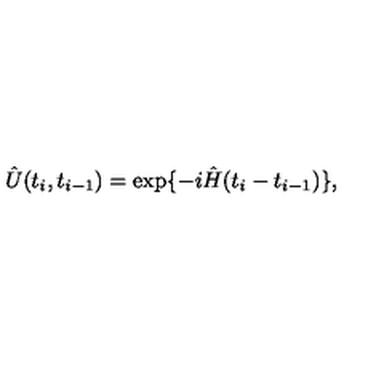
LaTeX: \hat { U } ( t _ { i } , t _ { i - 1 } ) = \exp \{ - i \hat { H } ( t _ { i } - t _ { i - 1 } ) \} ,